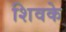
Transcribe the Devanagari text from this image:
शिवके